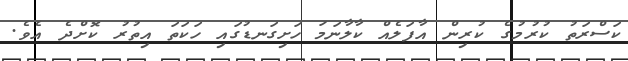
ކަސްރަތު ކުރުމުގެ ކުރިން އާފަލެއް ކާލާނަމަ ހަށިގަނޑުގައި ހަކަތަ އިތުރު ކޮށްދެ އެވެ.